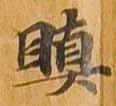
瞋